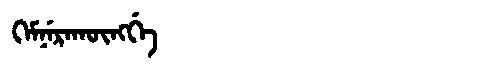
Manchu: ᡴᡝᠮᠨᡝᡵᠠᡴᡡᠩᡤᡝ
Romanization: KEMNERAKŪNGGE